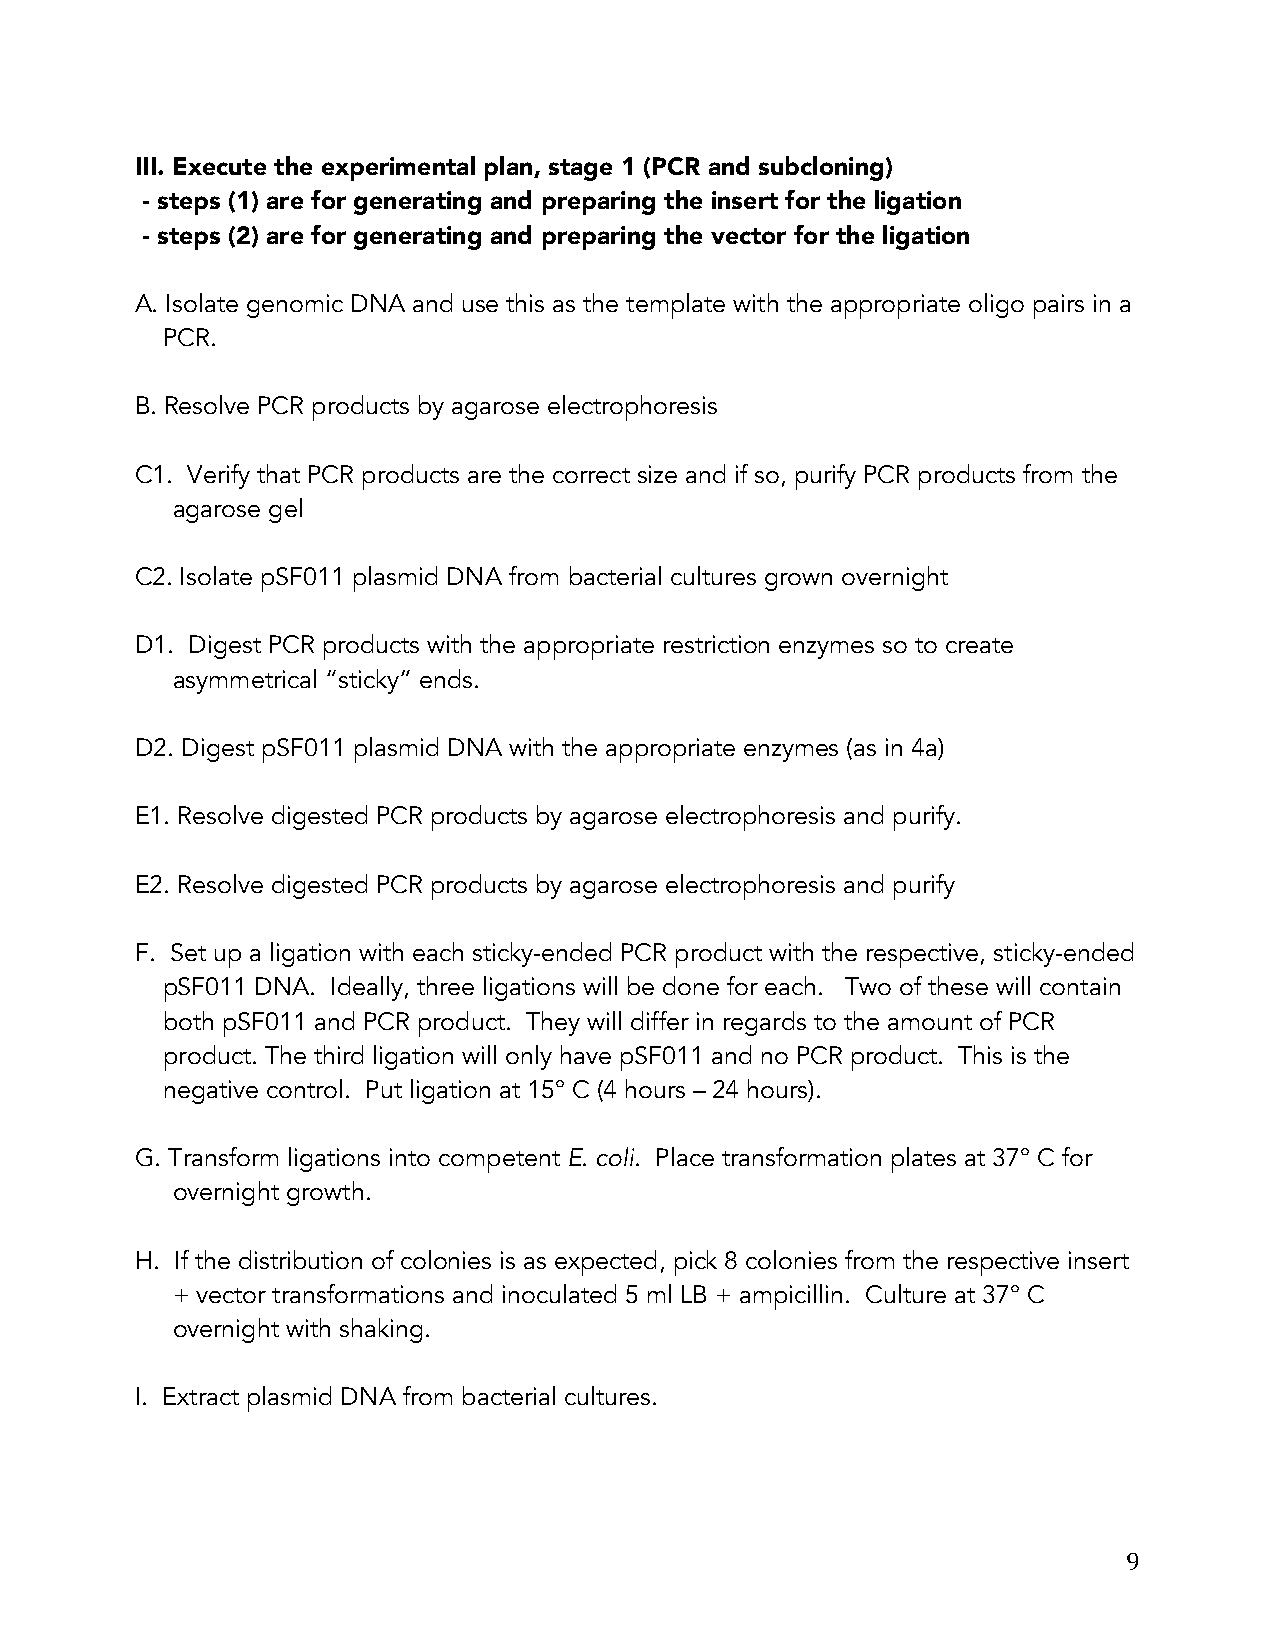
III. Execute the experimental plan, stage 1 (PCR and subcloning)
 - steps (1) are for generating and preparing the insert for the ligation
 - steps (2) are for generating and preparing the vector for the ligation
 A. Isolate genomic DNA and use this as the template with the appropriate oligo pairs in a
 PCR.
 B. Resolve PCR products by agarose electrophoresis
 C1. Verify that PCR products are the correct size and if so, purify PCR products from the
 agarose gel
 C2. Isolate pSF011 plasmid DNA from bacterial cultures grown overnight
 D1. Digest PCR products with the appropriate restriction enzymes so to create
 asymmetrical “sticky” ends.
 D2. Digest pSF011 plasmid DNA with the appropriate enzymes (as in 4a)
 E1. Resolve digested PCR products by agarose electrophoresis and purify.
 E2. Resolve digested PCR products by agarose electrophoresis and purify
 F. Set up a ligation with each sticky-ended PCR product with the respective, sticky-ended
 pSF011 DNA. Ideally, three ligations will be done for each. Two of these will contain
 both pSF011 and PCR product. They will differ in regards to the amount of PCR
 product. The third ligation will only have pSF011 and no PCR product. This is the
 negative control. Put ligation at 15° C (4 hours – 24 hours).
 G. Transform ligations into competent E. coli. Place transformation plates at 37° C for
 overnight growth.
 H. If the distribution of colonies is as expected, pick 8 colonies from the respective insert
 + vector transformations and inoculated 5 ml LB + ampicillin. Culture at 37° C
 overnight with shaking.
 I. Extract plasmid DNA from bacterial cultures.
 9